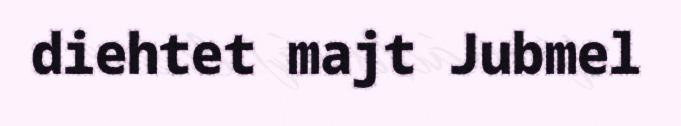
diehtet majt Jubmel